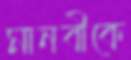
মানবীকে